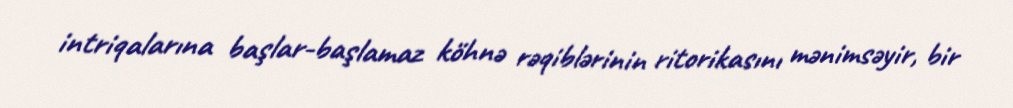
intriqalarına başlar-başlamaz köhnə rəqiblərinin ritorikasını mənimsəyir, bir